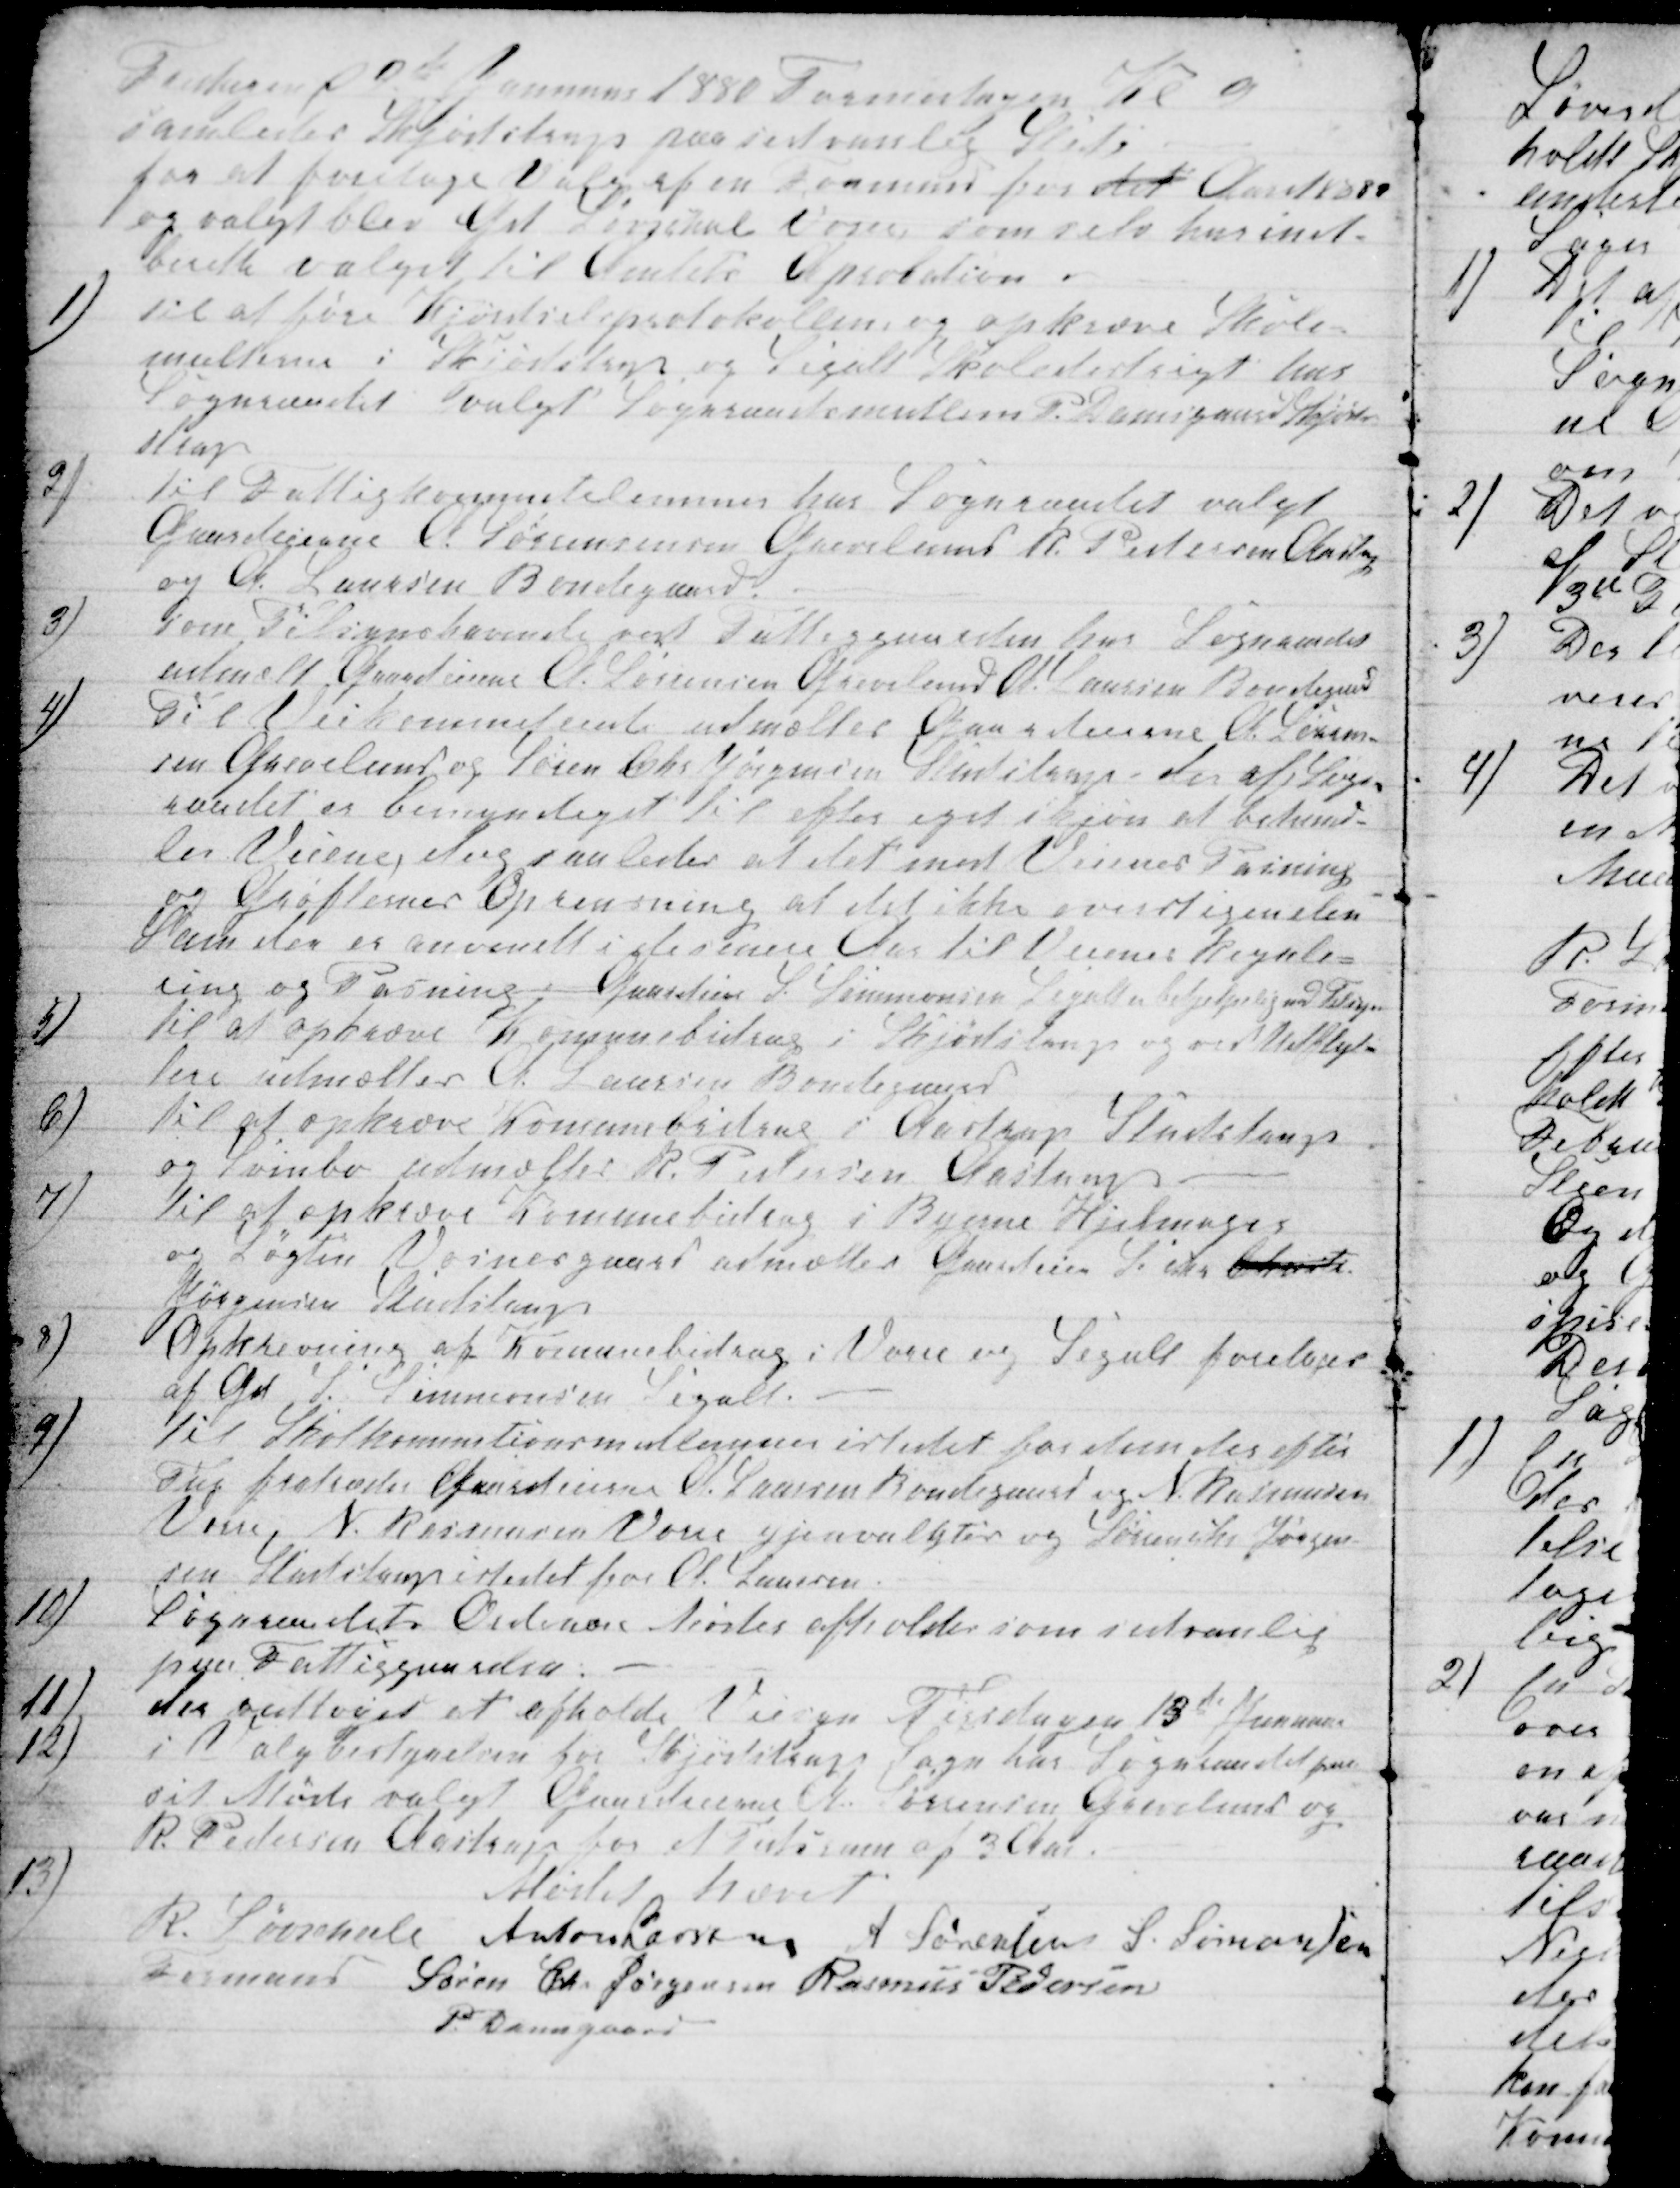
Transskription:
Torsdagen d 8de  Januar 1880 Formidagen Kl 9
samledes Skjødstrup paa sedvanlig Sted
for at foretage Valg af en Formand for det Aaret 1880
og valgt blev Grd Løvschal Vorre som selv har ind-
berette valget til Amtets Aprobation.
1)
til at føre Kjørselsprotokollen og opkræve Skole-
multerne i Skjødstrup og Segalt Skoledistrigt har
Sogneraadet valgt Sogneraadsmedlem P. Damsgaard Skjød-
strup
2)
til Fattigkommetelemmer hos Sogneraadet valgt
Gaardeierne A. Sørensensen Grevelund R. Petersen Aastrup
og A. Laursen Bondegaard
3)
Som Tilsynshavende ved Fattigegaarden har Sogneraadet
udmelt Gaardeierne A. Sørensen Grevelund A. Laursen Bondegaard
4)
Til Veikommiteret udmeltes Gaardeierne A. Søren-
sen Grevelund og Søren Chr Jørgensen Skjødstrup, der af Sogne-
raadet er bemyndiget til efter eget Skjøn at behand-
le Veiene, dog saaledes at det med Veienes Pasning
og Grøfternes Oprensning at det ikke overstiger den
Sum der er anvendt i de senere Aar til Veienes Regule=
ring og Pasning; Gaardeier S. Simmonsen Segalt er behjelpelig med Tilsyn
5)
til at opkræve Komunebidrag i Skjødstrup og ved Udflyt-
tere udmæltes A. Laursen Bondegaard
6)
Til at opkræve Kommunebidrag i Aastrup Studstrup
og Svinbo udmæltes R. Pedersen, Aastrup
7)
til at opkræve Komunebidrag i Byerne Hjelmager
og Løgten Vosnesgaard udmæltes Gaardeier S. Chr Christen
Jørgensen Studstrup
8)
Opkrævning af Komunebidrag i Vorre og Segalt foretages
af Grd. S. Simmonsen Segalt.
9)
Til Skolekommitionsmedlemmer istedet for dem der efter
Tur fratræder Gaardeierne A. Laursen Bondegaard og N. Rasmussen
Vorre N. Rasmussen Vorre gjenvalgtes og Søren Chr Jørgen-
sen Aastrup istedet for A. Laursen.
10)
Sogneraadets Ordinære Møder afholdes som sedvanlig
paa Fattiggaarden.
11)
det vedtoges at afholde Veisyn Tirsdagen 13de Januar
12)
i Valgbestyrelsen for Skjødstrup Sogn har Sogneraadet paa
sit Møde valgt Gaardeierne A. Sørensen Grevelund og
R Pedersen Aastrup for et Tidsrum af 3 Aar.
13)
Mødet hævet
R. Løvschall
Formand 
Anton Laursen A Sørensen S. Simonsen
Søren Chr Jørgensen Rasmus Pedersen
P. Damsgaard